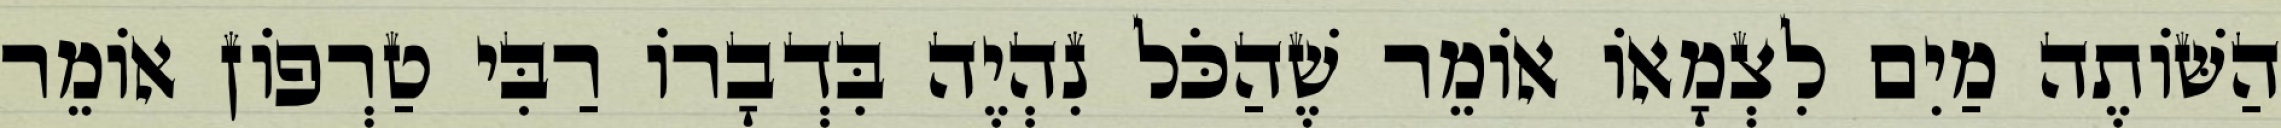
הַשּׁוֹתֶה מַיִם לִצְמָאוֹ אוֹמֵר שֶׁהַכֹּל נִהְיֶה בִּדְבָרוֹ רַבִּי טַרְפוֹן אוֹמֵר